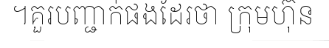
។គួរបញ្ជាក់ផងដែរថា ក្រុមហ៊ុន